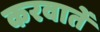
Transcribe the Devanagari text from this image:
करवातें